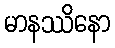
မာနဿိနော